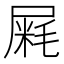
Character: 𰎁